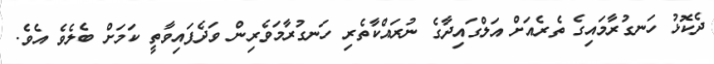
ދެކޮޅު ހަނގުރާމައިގެ ތެރެއަށް އަލްގައިދާގެ ނުރައްކާތެރި ހަނގުރާމަވެރިން ވަދެފައިވާތީ ކަމަށް ބެލެވެ އެވެ.